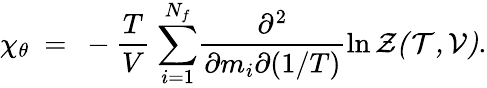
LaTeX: {{\chi}_{\theta}}~=~-{\frac{T}{V}}~{\sum_{i=1}^{N_{f}}}{\frac{\partial^{2}}{\partial m_{i}\partial(1/T)}}{\ln{\cal{Z}(T,V)}}.